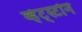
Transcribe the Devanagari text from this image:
व्हेट्स्टोन